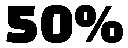
50%